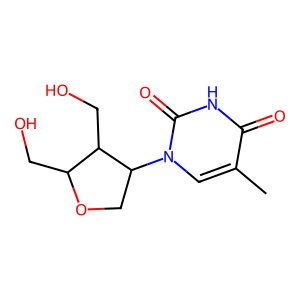
SMILES: Cc1cn(C2COC(CO)C2CO)c(=O)[nH]c1=O
Inhibits HIV replication: Yes